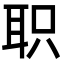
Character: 职